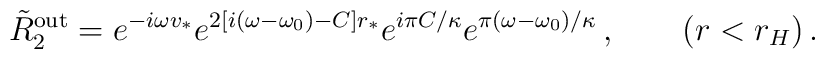
\tilde{R}_2^{\rm out} = e^{-i\omega v_* }e^{2[i(\omega -\omega_0) -C]r_*}e^{i\pi C/\kappa}e^{\pi(\omega -\omega_0)/\kappa} \, ,~~~~~~(r < r_H) \, .